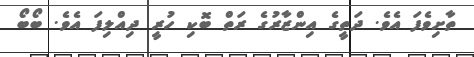
ތާށިވެފަ އެވެ. ދަތީގެ އިންޒާރުގެ ރަތް ބޮކި ހުރީ ދިއްލިފަ އެވެ. ބޯބޯ